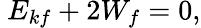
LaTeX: ~E_{kf}+2W_{f}=0,